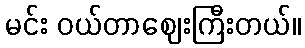
မင်း ဝယ်တာဈေးကြီးတယ်။